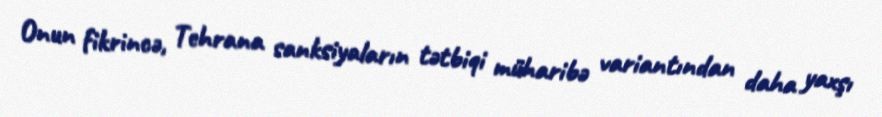
Onun fikrincə, Tehrana sanksiyaların tətbiqi müharibə variantından daha yaxşı